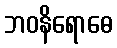
ဘဝနိရောဓေ